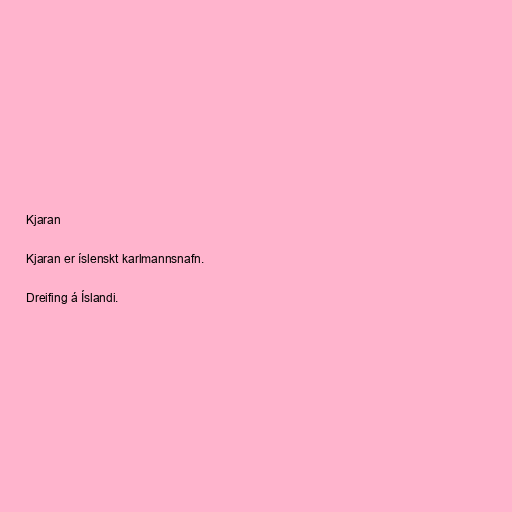
Kjaran

Kjaran er íslenskt karlmannsnafn.

Dreifing á Íslandi.